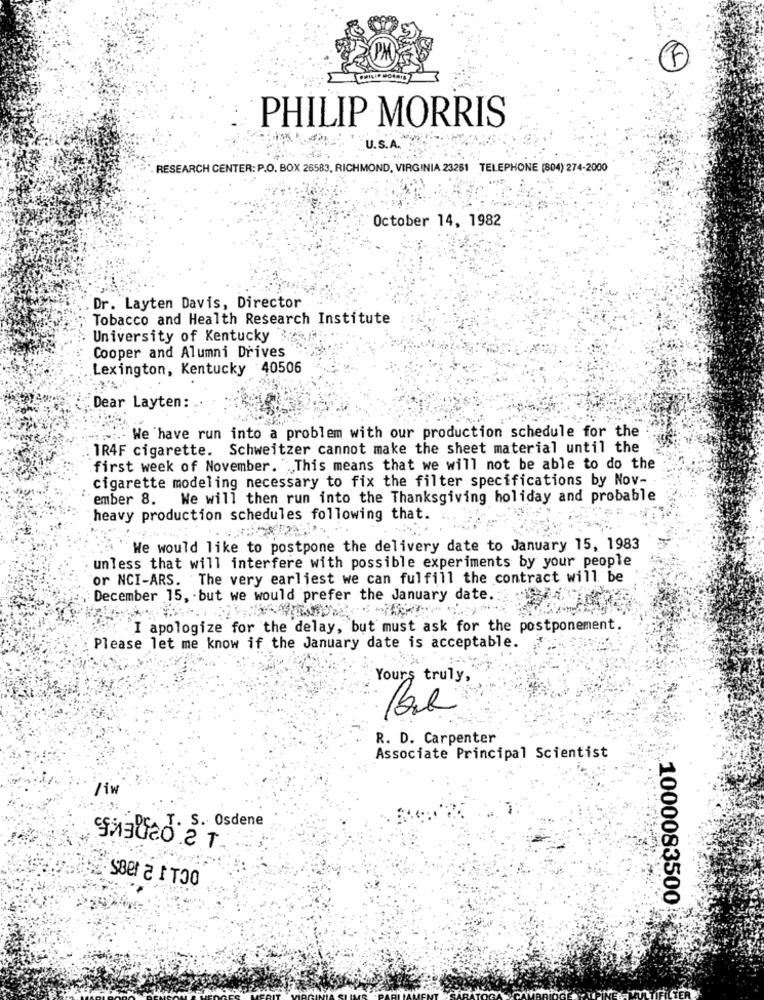
F
PHILIP MORRIS
U.S.A.
RESEARCH CENTER: P.O. BOX 26583, RICHMOND, VIRGINIA 23251 TELEPHONE (804) 274-2000
October 14, 1982
Dr. Layten Davis, Director
Tobacco and Health Research Institute
University of Kentucky
Cooper and Alumni Drives
Lexington, Kentucky 40506
Dear Layten:
We have run into a problem with our production schedule for the
1R4F cigarette. Schweitzer cannot make the sheet material until the
first week of November. "This means that we will not be able to do the
cigarette modeling necessary to fix the filter specifications by Nov-
ember 8. We will then run into the Thanksgiving holiday and probable
heavy production schedules following that.
We would like to postpone the delivery date to January 15, 1983
unless that will interfere with possible experiments by your people
or NCI-ARS. The very earliest we can fulfill the contract will be
December 15, but we would prefer the January date.
I apologize for the delay, but must ask for the postponement.
Please let me know if the January date is acceptable.
Yours truly,
R. D. Carpenter
Associate Principal Scientist
/in
. S. Osdene
sBer a IT30
1000083500